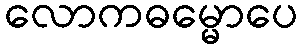
လောကဓမ္မောပေ